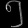
Digit: ၅